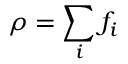
\rho = \sum _ { i } f _ { i }